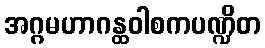
အဂ္ဂမဟာဂန္ထဝါစကပဏ္ဍိတ